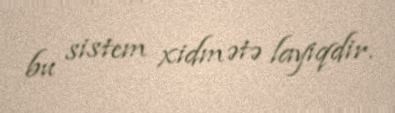
bu sistem xidmətə layiqdir.